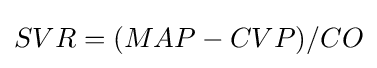
SVR=(MAP-CVP)/CO